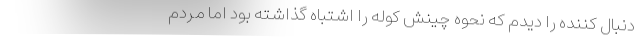
دنبال کننده را دیدم که نحوه چینش کوله را اشتباه گذاشته بود اما مردم